Lunatic asylums in Bengal annual reports 1888-1898 - 1888-1898
Year: 1888
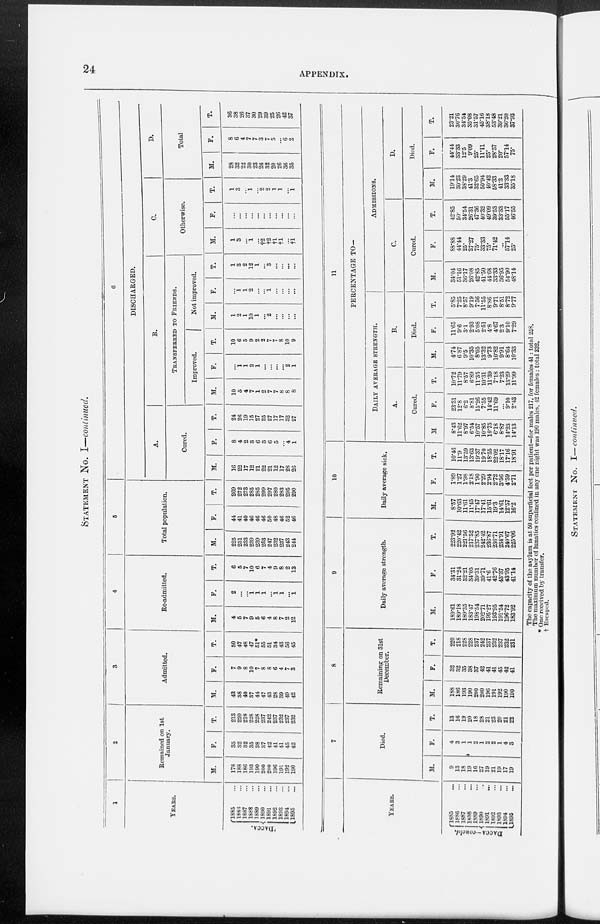
24
APPENDIX.
STATEMENT No. I—continued.
1
YEARS.
DACCA.
1885 ...
1886 ...
1887 ...
1888 ...
1889 ...
1890 ...
1891 ...
1892 ...
1893 ...
1894 ...
1895 ...
2
Remained on 1st
January.
M.
178
188
186
193
190
200
200
196
191
192
190
F.
35
32
32
35
38
37
42
41
41
45
42
T.
213
220
218
228
228
237
242
237
232
237
232
3
Admitted.
M.
43
38
40
37
44
47
43
28
39
49
42
F.
7
9
8
10
7
8
8
6
4
7
3
T.
50
47
48
47
51*
55
51
34
43
56
45
4
Re-admitted.
M.
4
5
7
9
5
6
4
8
7
2
12
F.
2
...
...
1
1
1
...
1
1
...
1
T.
6
5
7
10
6
7
4
9
8
2
13
5
Total population.
M.
225
231
233
239
239
253
247
232
237
243
244
F.
44
41
40
46
46
46
50
48
46
52
46
T.
269
272
273
285
285
299
297
280
283
295
290
6
DISCHARGED.
A.
Cured.
M.
16
22
17
12
21
22
21
12
17
28
26
F.
8
4
2
3
6
3
6
5
...
4
1
T.
24
26
19
15
27
25
27
17
17
32
27
B.
TRANSFERRED TO FRIENDS.
Improved.
M.
10
5
4
7
1
2
7
7
8
8
8
F.
...
1
1
2
1
...
...
...
...
2
1
T.
10
6
5
9
2
2
7
7
8
10
9
Not improved.
M.
1
2
1
10
1
...
2
...
...
...
...
F.
...
1 1
2
...
...
1
...
...
...
...
T.
1
3
2
12
1
...
3
...
...
...
...
C.
Otherwise.
M.
1
3
...
1
...
†2
†2
†1
†1
...
†1
F.
...
...
...
...
...
...
...
...
...
...
...
T.
1
3
...
1
...
2
2
1
1
...
1
D.
Total
M.
28
32
22
30
23
26
32
20
26
36
35
F.
8
6
4
7
7
3
7
5
...
6
2
T.
36
38
26
37
30
29
39
25
26
42
37
YEARS.
DACCA —concld.
1885 ...
1886 ...
1887 ...
1888 ...
1889 ...
1890 ...
1891
...
1892 ...
1893 ...
1894 ...
1895
...
7
Died.
M.
9
13
18
19
16
27
19
21
19
17
19
F.
4
3
1
1
2
1
2
2
1
4
3
T.
13
16
19
20
18
28
21
23
20
21
22
8
Remaining on 31st
December.
M.
188
186
193
190
200
200
196
191
192
190
190
F.
32
32
35
38
37
42
41
41
45
42
41
T.
220
218
228
228
237
242
237
232
237
232
231
9
Daily average strength.
M.
189.61
189.18
189.35
183.47
198.54
202.71
195.27
193.95
191.54
196.72
183.92
F.
34.31
31.24
32.21
34.05
39.31
39.71
41.6
42.76
43.37
43.95
41.14
T.
223.92
220.42
221.56
217.52
237.85
242.42
236.87
236.71
234.91
240.67
225.06
10
Daily average sick.
M.
8.57
10.63
11.61
11.45
17.47
17.41
15.61
19.3
14.61
12.57
16.2
F.
1.89
1.27
1.98
2.18
1.90
2.29
2.94
2.72
3.56
4.59
2.71
T.
10.46
11.9
13.59
13.63
19.37
19.70
18.55
22.02
18.17
17.16
18.91
11
PERCENTAGE TO—
DAILY AVERAGE STRENGTH.
A.
Cured.
M.
8.43
11.62
8.97
6.54
10.57
10.85
10.75
6.18
8.87
14.23
14.13
F.
23.31
12.8
6.2
8.81
15.26
7.55
14.42
11.69
...
9.10
2.43
T.
10.72
11.79
8.57
6.89
11.35
10.31
11.39
7.18
7.23
13.29
11.99
B.
Died.
M.
4.74
6.87
9.5
10.35
8.05
13.32
9.73
10.82
9.91
8.64
10.33
F.
11.65
9.6
3.1
2.93
5.08
2.51
4.8
4.67
2.3
9.10
7.29
T.
5.85
7.25
8.57
9.19
7.56
11.55
8.86
9.71
8.51
8.72
9.77
ADMISSIONS.
C.
Cured.
M.
34.04
51.16
36.17
26.08
42.85
41.50
44.68
33.33
36.95
54.90
48.14
F.
88.88
44.44
25.
27.27
75.
33.33
75.
71.42
...
57.14
25.
T.
42.85
50.
34.54
26.31
47.36
40.32
49.09
39.53
33.33
55.17
46.55
D.
Died.
M.
19.14
30.23
38.29
41.3
32.65
50.94
40.42
58.33
41.3
33.33
35.18
F.
44.44
33.33
12.5
9.09
25.
11.11
25.
28.57
20.
57.14
75.
T.
23.21
30.76
34.54
35.08
31.57
45.16
38.18
53.48
39.21
36.20
37.93
The capacity of the asylum is at 50 superficial feet per patient—for males 217, for females 41: total 258.
The maximum number of lunatics confined in any one night was 190 males, 42 females: total 232.
* One received by transfer.
† Escaped.